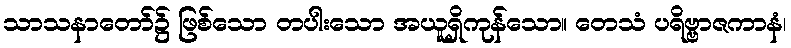
သာသနာတော်၌ ဖြစ်သော တပါးသော အယူရှိကုန်သော။ တေသံ ပရိဗ္ဗာဇကာနံ၊